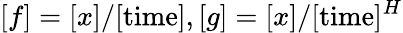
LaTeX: [f]=[x]/[\mathrm{time}],[g]=[x]/[\mathrm{time}]^{H}